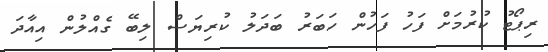
ރިޕޯޓު ކުރުމަށް ފަހު ފަހުން ހަބަރު ބަދަލު ކުރިޔަސް ލިބޭ ގެއްލުން އިއާދަ